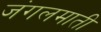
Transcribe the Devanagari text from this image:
जंगलमाती